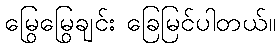
မြွေမြွေချင်း ခြေမြင်ပါတယ်။